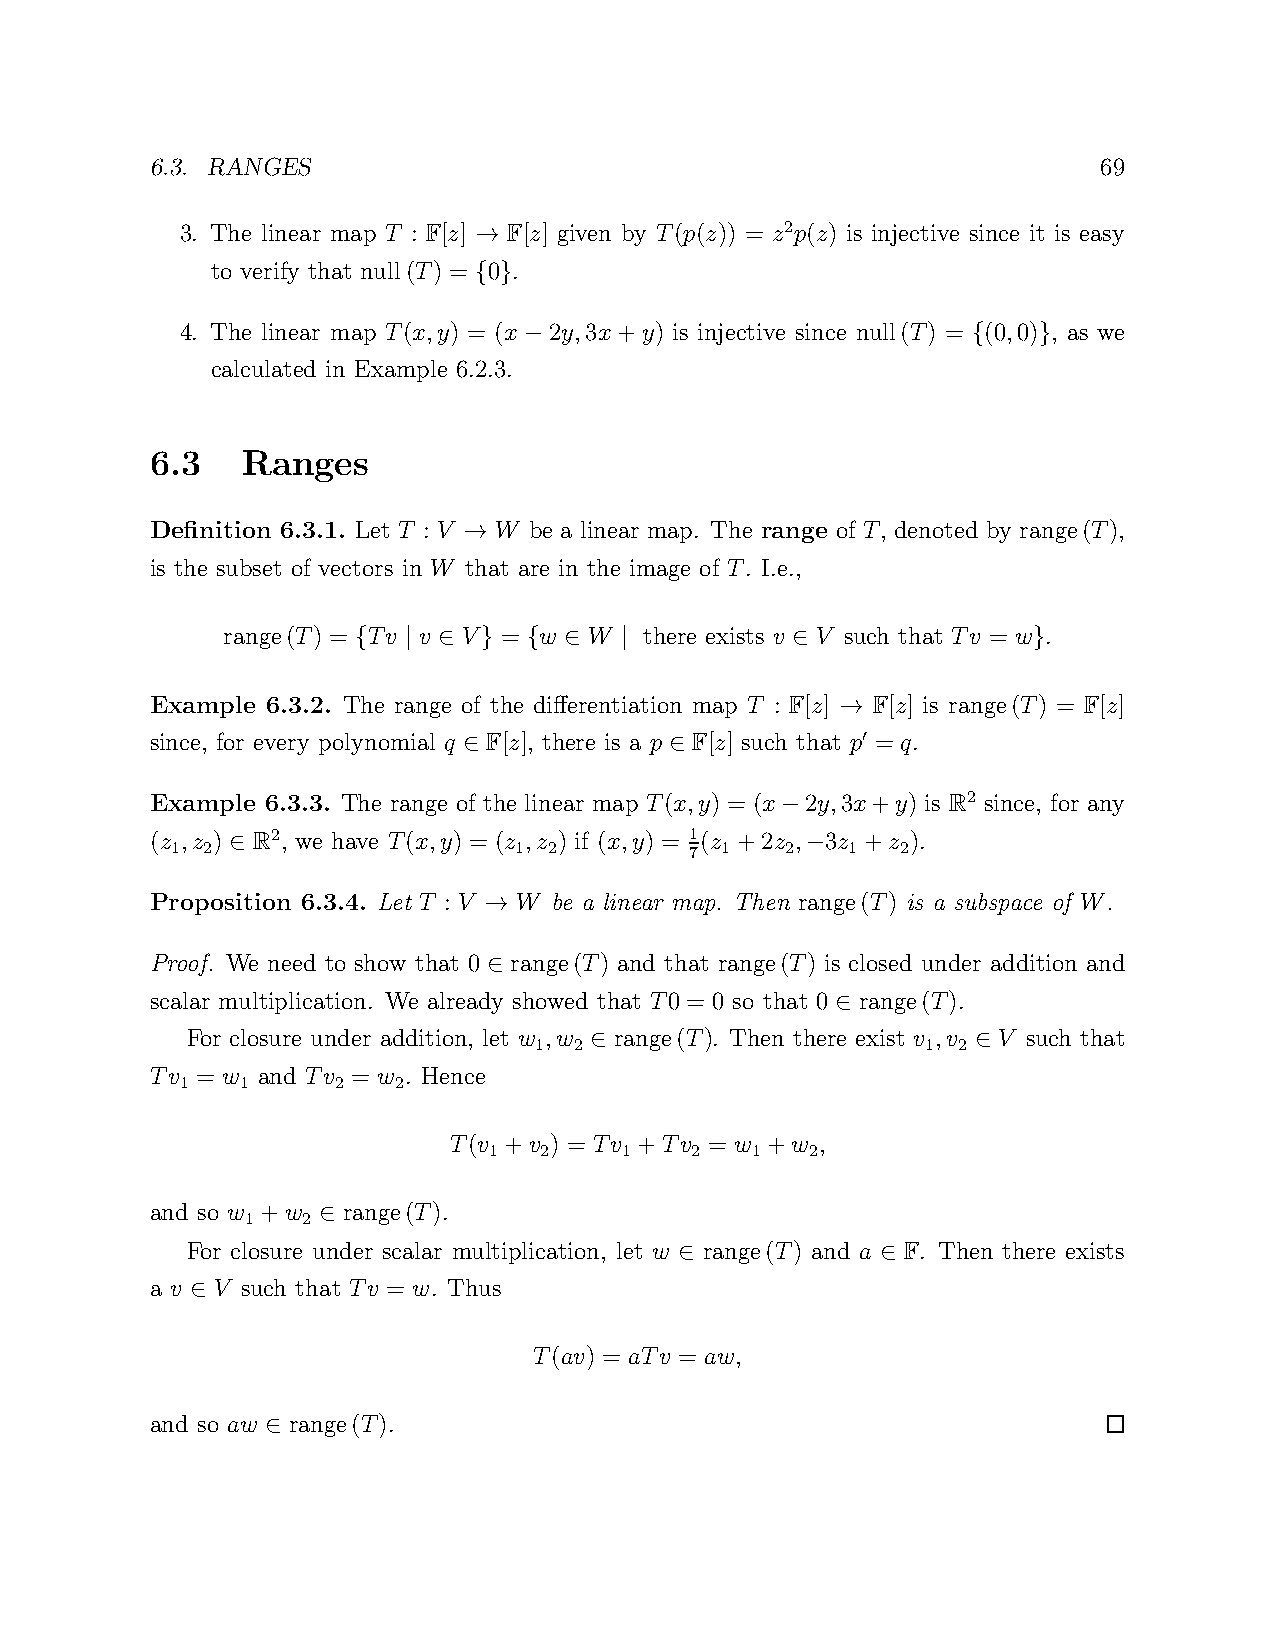
6.3. RANGES                                                    69
 3. The linear map T : F[z] F[z] given by T(p(z)) = z2p(z) is injective since it is easy
 →
 to verify that null(T) = 0 .
 { }
 4. The linear map T(x,y) = (x 2y,3x+y) is injective since null(T) = (0,0) , as we
 −                            {    }
 calculated in Example 6.2.3.
 6.3   Ranges
 Definition 6.3.1. Let T : V W be a linear map. The range of T, denoted by range(T),
 →
 is the subset of vectors in W that are in the image of T. I.e.,
 range(T) = Tv v V =  w  W   there exists v V such that Tv = w .
 {  | ∈  }  { ∈   |          ∈               }
 Example 6.3.2. The range of the differentiation map T : F[z] F[z] is range(T) = F[z]
 →
 since, for every polynomial q F[z], there is a p F[z] such that p = q.
 ′
 ∈            ∈
 Example 6.3.3. The range of the linear map T(x,y) = (x 2y,3x+y) is R2 since, for any
 −
 (z ,z ) R2, we have T(x,y) = (z ,z ) if (x,y) = 1(z +2z , 3z +z ).
 1 2 ∈                  1 2         7 1   2 − 1   2
 Proposition 6.3.4. Let T : V W be a linear map. Then range(T) is a subspace of W.
 →
 Proof. We need to show that 0 range(T) and that range(T) is closed under addition and
 ∈
 scalar multiplication. We already showed that T0 = 0 so that 0 range(T).
 ∈
 For closure under addition, let w ,w range(T). Then there exist v ,v V such that
 1  2                      1 2
 ∈                         ∈
 Tv = w and Tv = w . Hence
 1   1     2   2
 T(v +v ) = Tv +Tv = w +w ,
 1   2    1    2   1   2
 and so w +w  range(T).
 1   2
 ∈
 For closure under scalar multiplication, let w range(T) and a F. Then there exists
 ∈            ∈
 a v V such that Tv = w. Thus
 ∈
 T(av) = aTv = aw,
 and so aw range(T).
 ∈